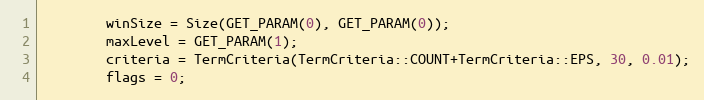
Language: C++
        winSize = Size(GET_PARAM(0), GET_PARAM(0));
        maxLevel = GET_PARAM(1);
        criteria = TermCriteria(TermCriteria::COUNT+TermCriteria::EPS, 30, 0.01);
        flags = 0;